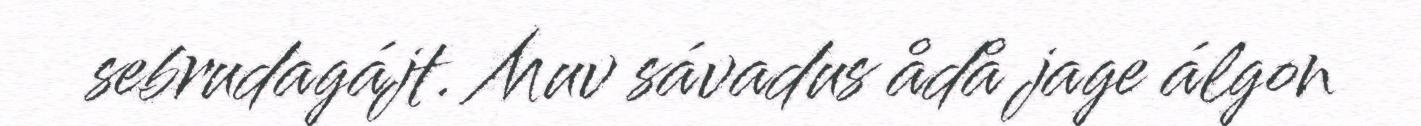
sebrudagájt. Muv sávadus ådå jage álgon